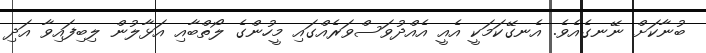
ބުނާކަށް ނޭނގެއެވެ. އެނގޭކަމަކީ އެއީ އެއްދުވަސްވަރެއްގައި މީހުންގެ ލޯތްބާއި އަޅާލުން ލިބިފައިވާ އަދި